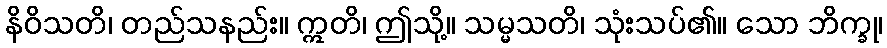
နိဝိသတိ၊ တည်သနည်း။ ဣတိ၊ ဤသို့။ သမ္မသတိ၊ သုံးသပ်၏။ သော ဘိက္ခု၊